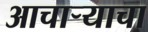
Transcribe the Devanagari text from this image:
आचार्‍याचा